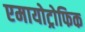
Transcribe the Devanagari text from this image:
एमायोट्रोफिक